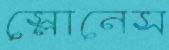
স্লোনেস